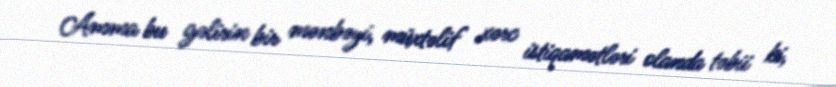
Amma bu gəlirin bir mənbəyi, müxtəlif xərc istiqamətləri olanda təbii ki,